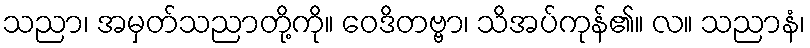
သညာ၊ အမှတ်သညာတို့ကို။ ဝေဒိတဗ္ဗာ၊ သိအပ်ကုန်၏။ လ။ သညာနံ၊